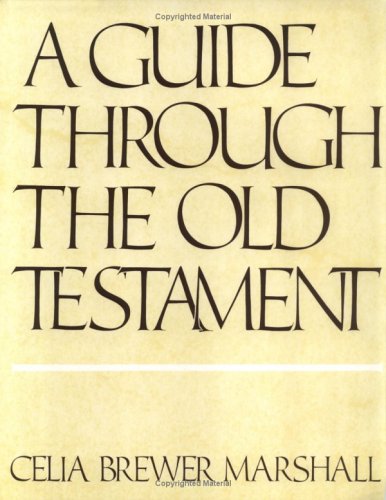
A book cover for A Guide Through the Old Testament; Celia B. Sinclair; Christian Books & Bibles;